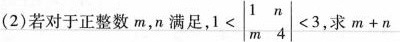
(2)若对于正整数m，n满足，$$1 < \begin {vmatrix} 1 & n \\ m & 4 \end {vmatrix} <3$$，求m+n